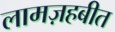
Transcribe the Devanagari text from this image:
लामज़हबीत